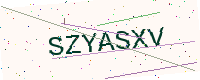
Text: SZYASXV